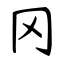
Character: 冈